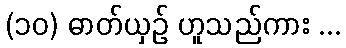
(၁၀) ဓာတ်ယှဉ် ဟူသည်ကား ...